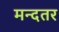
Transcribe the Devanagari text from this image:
मन्दतर